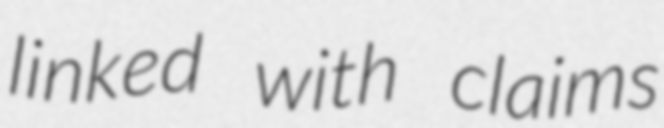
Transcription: linked with claims